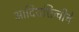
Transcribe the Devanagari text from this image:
आदिशक्तिचीचे